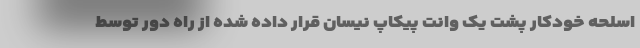
اسلحه خودکار پشت یک وانت پیکاپ نیسان قرار داده شده از راه دور توسط